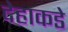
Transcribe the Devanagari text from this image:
देहाकडे